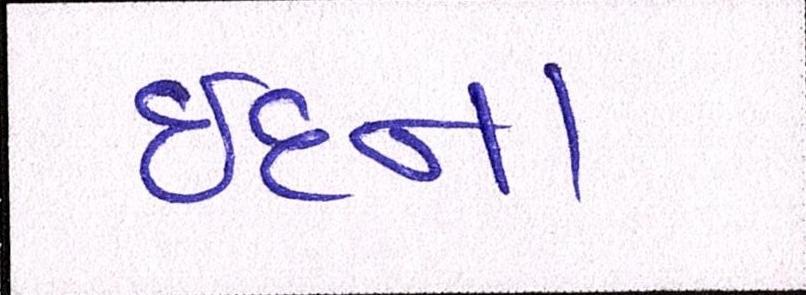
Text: ઈદના